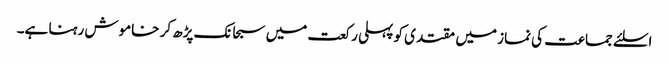
اسلئے جماعت کی نماز میں مقتدی کو پہلی رکعت میں سبحانک پڑھ کر خاموش رہنا ہے۔